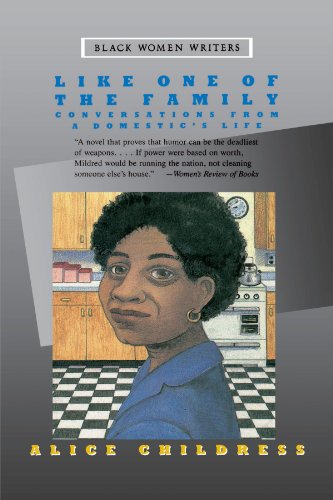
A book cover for Like One of the Family: Conversations from a Domestic's Life (Black Women Writers Series); Alice Childress; Literature & Fiction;